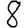
Digit: 8